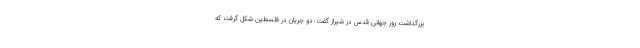
بزرگداشت روز جهانی قدس در شیراز گفت: دو جریان در فلسطین شکل گرفت که